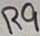
Text: R9